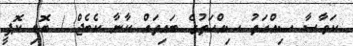
ކަވާސާ ޞިއްޙަތު ޞިއްޙަތުގެ ބައިތައް ކާނާ ކެބެޖް / ބޮޑި ކޮޕީ